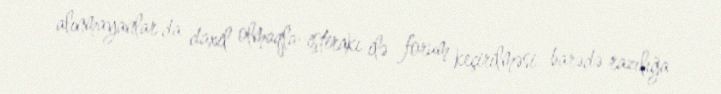
alınmayanlar da daxil olmaqla-iştirakı ilə forum keçirilməsi barədə razılığa